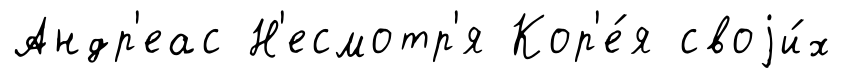
Андр'еас Н'есмотр'я Кор'е́я своjи́х